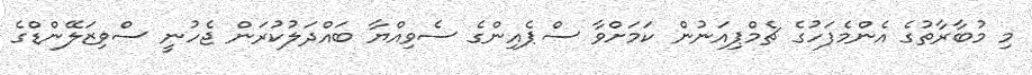
މި މުބާރާތުގެ އެންމެފަހުގެ ޗެމްޕިއަނުން ކަމަށްވާ ސްޕެއިންގެ ސެވިއްޔާ ބައްދަލުކުރަން ޖެހުނީ ސްވިޒަލޭންޑްގެ